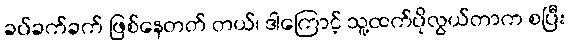
ခပ်ခက်ခက် ဖြစ်နေတတ် တယ်၊ ဒါကြောင့် သူ့ထက်ပိုလွယ်တာက စပြီး